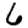
Digit: 6